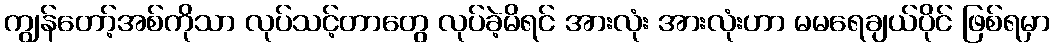
ကျွန်တော့်အစ်ကိုသာ လုပ်သင့်တာတွေ လုပ်ခဲ့မိရင် အားလုံး အားလုံးဟာ မမရေချယ်ပိုင် ဖြစ်ရမှာ